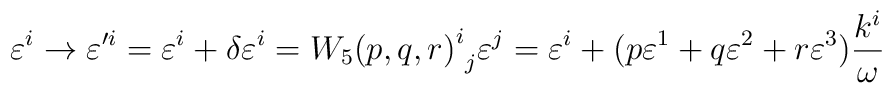
\varepsilon^{i} \rightarrow {\varepsilon'^{i}} = \varepsilon^{i} + \delta \varepsilon^{i} ={{W_5 (p, q, r)}^{i}}_{j} \varepsilon^{j} = \varepsilon^{i} +( p\varepsilon^1 + q\varepsilon^2 + r\varepsilon^3)\frac{k^i}{\omega}